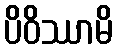
ပိဝိဿာမိ